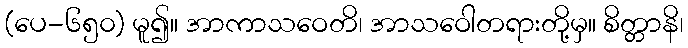
(ပေ-၆၅၀) မူ၍။ အာကာသဝေတိ၊ အာသဝေါတရားတို့မှ။ စိတ္တာနိ၊